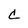
Character: C